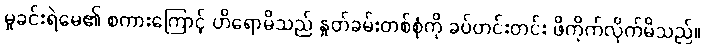
မှုခင်းရဲမေ၏ စကားကြောင့် ဟိရောမိသည် နှုတ်ခမ်းတစ်စုံကို ခပ်တင်းတင်း ဖိကိုက်လိုက်မိသည်။